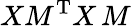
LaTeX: XM^{\mathrm{T}}X\, M